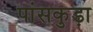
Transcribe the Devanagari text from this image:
पांसकुड़ा